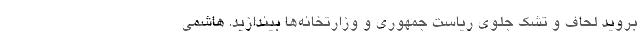
بروید لحاف و تشک جلوی ریاست جمهوری و وزارتخانه‌ها بیندازید. هاشمی